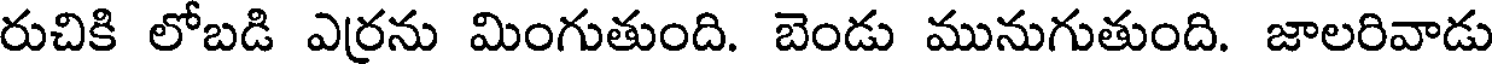
రుచికి లోబడి ఎరను మింగుతుంది. బెండు మునుగుతుంది. జాలరివాడు